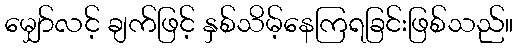
မျှော်လင့် ချက်ဖြင့် နှစ်သိမ့်နေကြရခြင်းဖြစ်သည်။